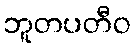
ဘူတပတီဝ